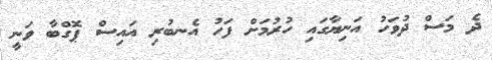
ދެ މަސް ދުވަހު އަނިޔާގައި ހުރުމަށް ފަހު އެނބުރި އައިސް ޕޮގްބާ ވަނީ